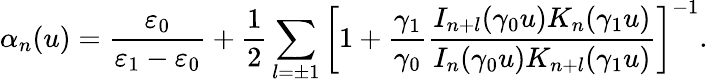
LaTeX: \alpha_{n}(u)=\frac{\varepsilon_{0}}{\varepsilon_{1}-\varepsilon_{0}}+\frac{1}{2}\sum_{l=\pm 1}\left[1+\frac{\gamma_{1}}{\gamma_{0}}\frac{I_{n+l}(\gamma_{0}u)K_{n}(\gamma_{1}u)}{I_{n}(\gamma_{0}u)K_{n+l}(\gamma_{1}u)}\right]^{-1}.